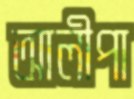
আলীপা